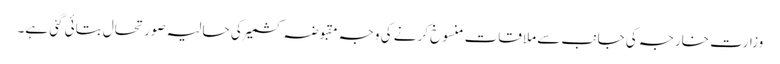
وزارتِ خارجہ کی جانب سے ملاقات منسوخ کرنے کی وجہ مقبوضہ کشمیر کی حالیہ صورتحال بتائی گئی ہے۔